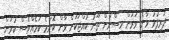
ދަރިފުޅު ވާނެ ވަރަށް ވިސްނުން ތޫނު ކުއްޖަކަށް ވާން ކޮންމެ ކަމެއްވެސް ކުރަން